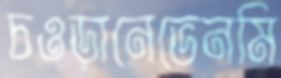
চওড়ানেভেনমি